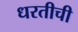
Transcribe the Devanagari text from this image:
धरतीची